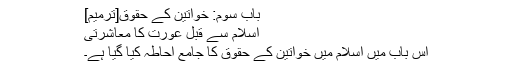
باب سوم: خواتین کے حقوق[ترمیم]
اسلام سے قبل عورت کا معاشرتی
اس باب میں اسلام میں خواتین کے حقوق کا جامع احاطہ کیا گیا ہے۔